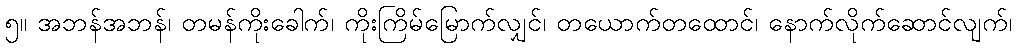
၅။ အဘန်အဘန်၊ တမန်ကိုးခေါက်၊ ကိုးကြိမ်မြောက်လျှင်၊ တယောက်တထောင်၊ နောက်လိုက်ဆောင်လျက်၊